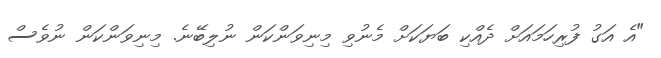
"އެ އަގު ފުރިހަމައަށް ދެއްކި ބަޔަކަށް މެނުވި މިނިވަންކަން ނުލިބޭނެ. މިނިވަންކަން ނުވެސް